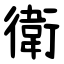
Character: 衛